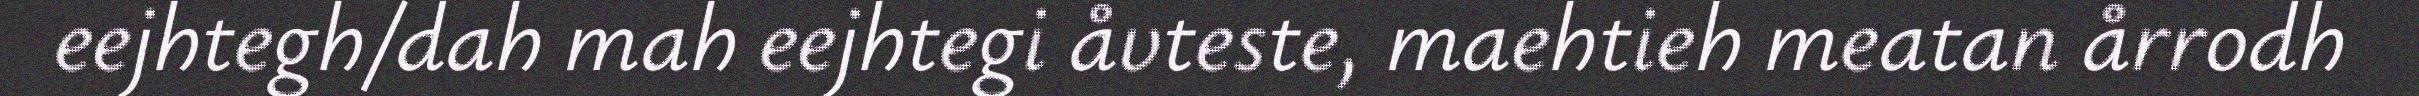
eejhtegh/dah mah eejhtegi åvteste, maehtieh meatan årrodh